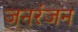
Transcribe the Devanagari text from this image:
जनरंजन